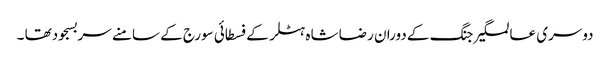
دوسری عالمگیر جنگ کے دوران رضا شاہ ہٹلر کے فسطائی سورج کے سامنے سربسجودتھا ۔